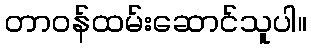
တာဝန်ထမ်းဆောင်သူပါ။